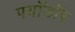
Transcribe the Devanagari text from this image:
फ्यॉडॉर